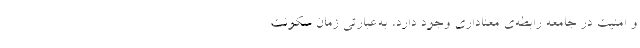
و امنیت در جامعه رابطه‌ی معناداری وجود دارد، به‌عبارتی زمان سکونت